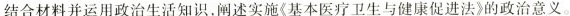
结合材料并运用政治生活知识，阐述实施《基本医疗卫生与健康促进法的政治意义。